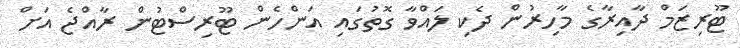
ޓޫރިޒަމް ދާއިރާގެ މާހިރުން ދެކި ލައްވާ ގޮތުގައި އަންހެން ޓޫރިސްޓުން ރާއްޖެ އަށް